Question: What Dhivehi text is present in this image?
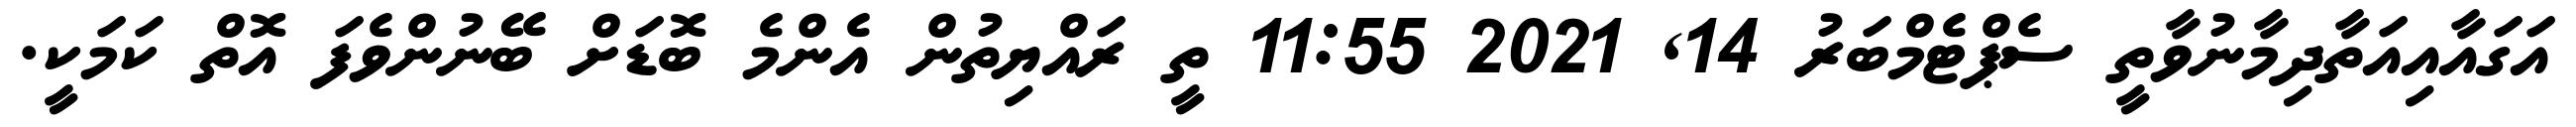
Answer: އަގައާއިއަތާދިމާނުވާތީ ސެޕްޓެމްބަރު 14, 2021 11:55 ތީ ރައްޔިތުން އެންމެ ބޮޑަށް ބޭނުންވެފަ އޮތް ކަމަކީ.